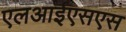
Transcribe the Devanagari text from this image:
एलआईएसएस